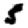
Digit: 5